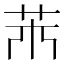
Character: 𦬝